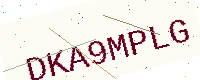
Text: DKA9MPLG